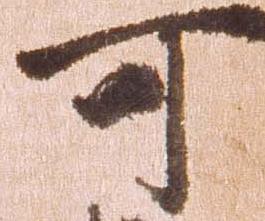
可